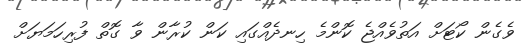
ވެގެން ކޯޓަށް އަތުވެއްޖެ ކޮންމެ ހިނދެއްގައި ކަން ކުރާން ވާ ގޮތް ފުރިހަމަޔަށް